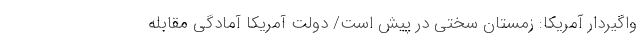
واگیردار آمریکا: زمستان سختی در پیش است/ دولت آمریکا آمادگی مقابله